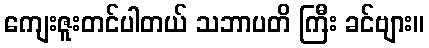
ကျေးဇူးတင်ပါတယ် သဘာပတိ ကြီး ခင်ဗျား။